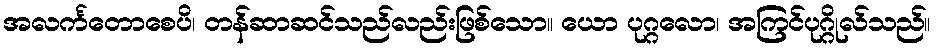
အလင်္ကတောစေပိ၊ တန်ဆာဆင်သည်လည်းဖြစ်သော။ ယော ပုဂ္ဂလော၊ အကြင်ပုဂ္ဂိုလ်သည်။